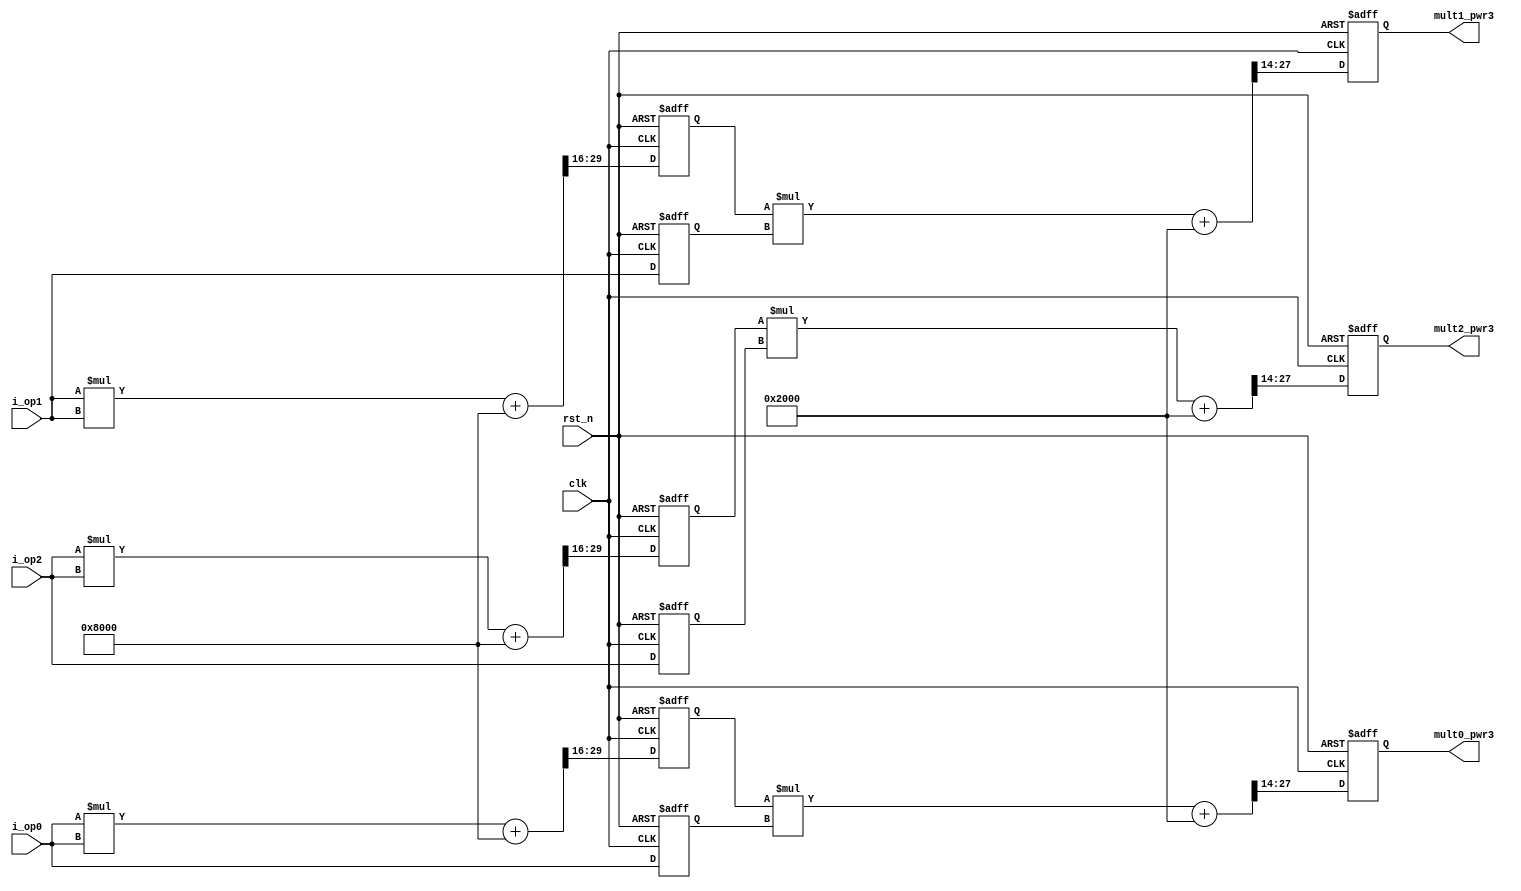
module  multx6_v3 (

output reg [13:0] mult0_pwr3,
output reg [13:0] mult1_pwr3,
output reg [13:0] mult2_pwr3,

input [14:0] i_op0,
input [14:0] i_op1,
input [14:0] i_op2,

input  clk,
input  rst_n

);

wire [29:0] mult0_pwr3_p0;
wire [29:0] mult1_pwr3_p0;
wire [29:0] mult2_pwr3_p0;

wire [13:0] op0_pwr3_p0_nxt;
wire [13:0] op1_pwr3_p0_nxt;
wire [13:0] op2_pwr3_p0_nxt;

reg [13:0] op0_pwr3_p0;
reg [13:0] op1_pwr3_p0;
reg [13:0] op2_pwr3_p0;

wire [28:0] op0_pwr3;
wire [28:0] op1_pwr3;
wire [28:0] op2_pwr3;

wire [13:0] mult0_pwr3_nxt;
wire [13:0] mult1_pwr3_nxt;
wire [13:0] mult2_pwr3_nxt;

reg [14:0] i_op0_q;
reg [14:0] i_op1_q;
reg [14:0] i_op2_q;

//
assign  mult0_pwr3_p0 = i_op0 * i_op0 + 16'h8000;
assign  mult1_pwr3_p0 = i_op1 * i_op1 + 16'h8000;
assign  mult2_pwr3_p0 = i_op2 * i_op2 + 16'h8000;

assign  op0_pwr3_p0_nxt = mult0_pwr3_p0[16 +: 14];
assign  op1_pwr3_p0_nxt = mult1_pwr3_p0[16 +: 14];
assign  op2_pwr3_p0_nxt = mult2_pwr3_p0[16 +: 14];

assign  op0_pwr3 = op0_pwr3_p0 * i_op0_q + 15'h2000;
assign  op1_pwr3 = op1_pwr3_p0 * i_op1_q + 15'h2000;
assign  op2_pwr3 = op2_pwr3_p0 * i_op2_q + 15'h2000;

assign  mult0_pwr3_nxt = op0_pwr3[14 +: 14];
assign  mult1_pwr3_nxt = op1_pwr3[14 +: 14];
assign  mult2_pwr3_nxt = op2_pwr3[14 +: 14];


always @(posedge clk or negedge rst_n)
   if (~rst_n) begin
        op0_pwr3_p0 <= 0;
        op1_pwr3_p0 <= 0;
        op2_pwr3_p0 <= 0;

        mult0_pwr3  <= 0;
        mult1_pwr3  <= 0;
        mult2_pwr3  <= 0;
        
        i_op0_q     <= 0;
        i_op1_q     <= 0;
        i_op2_q     <= 0;
    end
    else begin
        op0_pwr3_p0 <= op0_pwr3_p0_nxt;
        op1_pwr3_p0 <= op1_pwr3_p0_nxt;
        op2_pwr3_p0 <= op2_pwr3_p0_nxt;

        mult0_pwr3  <= mult0_pwr3_nxt;
        mult1_pwr3  <= mult1_pwr3_nxt;
        mult2_pwr3  <= mult2_pwr3_nxt;

        i_op0_q     <= i_op0;
        i_op1_q     <= i_op1;
        i_op2_q     <= i_op2;
    end
endmodule